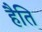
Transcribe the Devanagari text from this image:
हैति